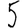
Digit: 5